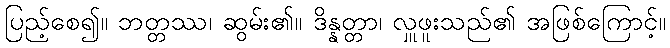
ပြည့်စေ၍။ ဘတ္တဿ၊ ဆွမ်း၏။ ဒိန္နတ္တာ၊ လှူဖူးသည်၏ အဖြစ်ကြောင့်။